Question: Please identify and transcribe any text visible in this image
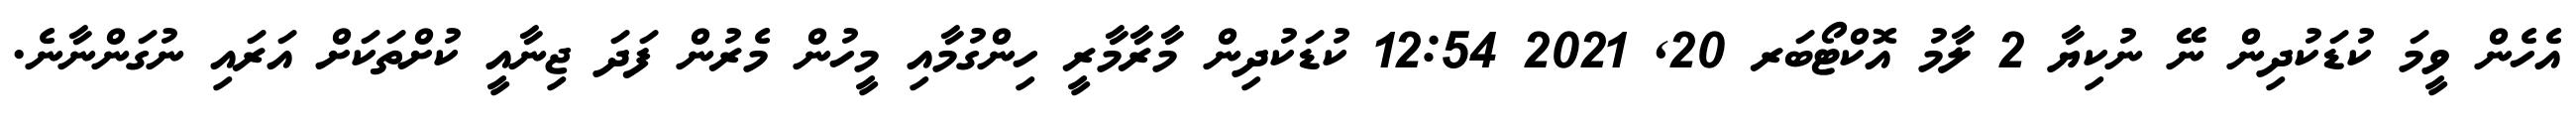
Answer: އެހެން ވީމަ ކުޑަކުދިން ނޭ ނުކިޔާ 2 ލާމު އޮކްޓޯބަރ 20, 2021 12:54 ކުޑަކުދިން މާރާމާރީ ހިންގުމާއި މީހުން މެރުން ފަދަ ޖިނާއީ ކުށްތަކަށް އަރައި ނުގަންނާނެ.